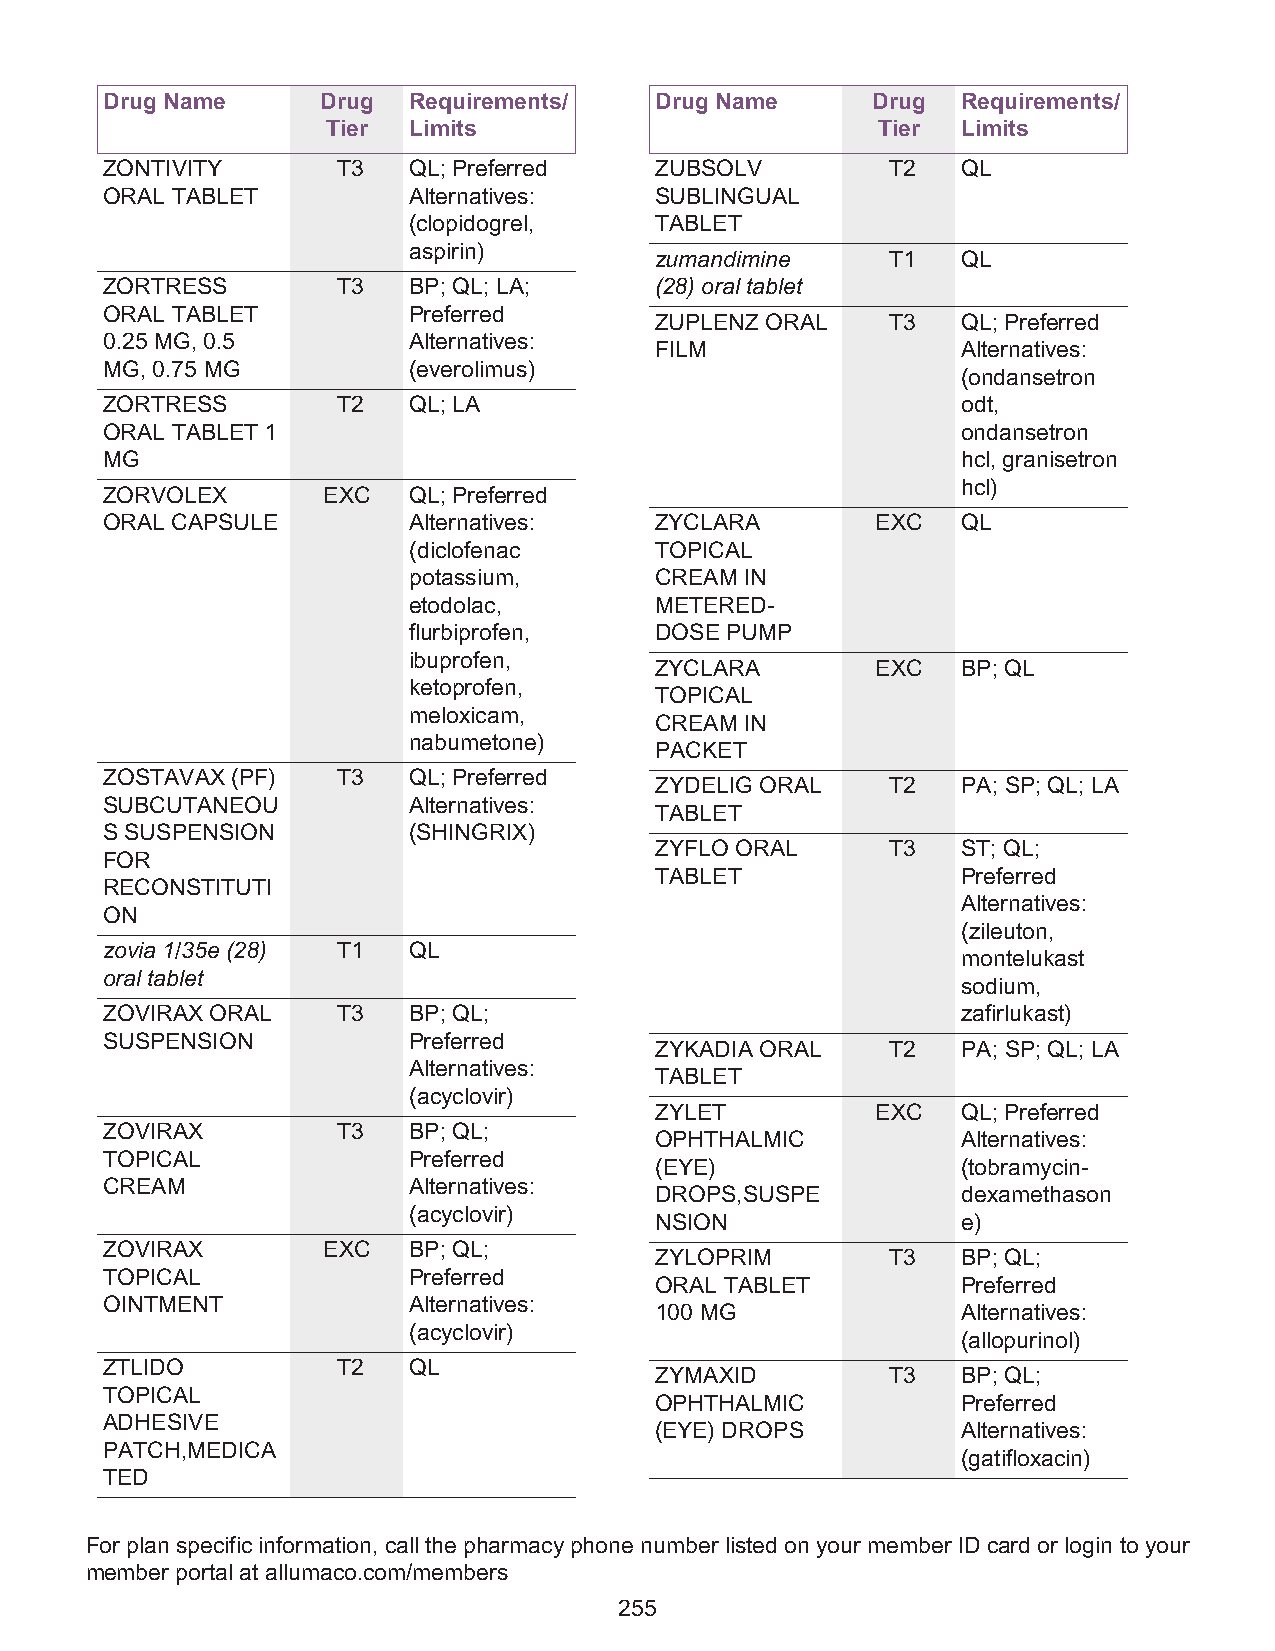
Drug Name     Drug  Requirements/   Drug Name      Drug  Requirements/
 Tier Limits                         Tier  Limits
 ZONTIVITY      T3   QL; Preferred   ZUBSOLV         T2   QL
 ORAL TABLET         Alternatives:   SUBLINGUAL
 (clopidogrel,   TABLET
 aspirin)
 zumandimine     T1   QL
 ZORTRESS       T3   BP; QL; LA;     (28) oral tablet
 ORAL TABLET         Preferred
 ZUPLENZ ORAL    T3   QL; Preferred
 0.25 MG, 0.5        Alternatives:
 FILM                 Alternatives:
 MG, 0.75 MG         (everolimus)
 (ondansetron
 ZORTRESS       T2   QL; LA                               odt,
 ORAL TABLET 1                                            ondansetron
 MG                                                       hcl, granisetron
 hcl)
 ZORVOLEX      EXC   QL; Preferred
 ORAL CAPSULE        Alternatives:   ZYCLARA        EXC   QL
 (diclofenac     TOPICAL
 potassium,      CREAM IN
 etodolac,       METERED-
 flurbiprofen,   DOSE PUMP
 ibuprofen,
 ZYCLARA        EXC   BP; QL
 ketoprofen,
 TOPICAL
 meloxicam,
 CREAM IN
 nabumetone)
 PACKET
 ZOSTAVAX (PF)  T3   QL; Preferred
 ZYDELIG ORAL    T2   PA; SP; QL; LA
 SUBCUTANEOU         Alternatives:
 TABLET
 S SUSPENSION        (SHINGRIX)
 ZYFLO ORAL      T3   ST; QL;
 FOR
 TABLET               Preferred
 RECONSTITUTI
 Alternatives:
 ON
 (zileuton,
 zovia 1/35e (28) T1 QL
 montelukast
 oral tablet
 sodium,
 ZOVIRAX ORAL   T3   BP; QL;                              zafirlukast)
 SUSPENSION          Preferred
 ZYKADIA ORAL    T2   PA; SP; QL; LA
 Alternatives:
 TABLET
 (acyclovir)
 ZYLET          EXC   QL; Preferred
 ZOVIRAX        T3   BP; QL;
 OPHTHALMIC           Alternatives:
 TOPICAL             Preferred
 (EYE)                (tobramycin-
 CREAM               Alternatives:
 DROPS,SUSPE          dexamethason
 (acyclovir)
 NSION                e)
 ZOVIRAX       EXC   BP; QL;
 ZYLOPRIM        T3   BP; QL;
 TOPICAL             Preferred
 ORAL TABLET          Preferred
 OINTMENT            Alternatives:
 100 MG               Alternatives:
 (acyclovir)
 (allopurinol)
 ZTLIDO         T2   QL
 ZYMAXID         T3   BP; QL;
 TOPICAL
 OPHTHALMIC           Preferred
 ADHESIVE
 (EYE) DROPS          Alternatives:
 PATCH,MEDICA
 (gatifloxacin)
 TED
 For plan specific information, call the pharmacy phone number listed on your member ID card or login to your
 member portal at allumaco.com/members
 255